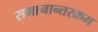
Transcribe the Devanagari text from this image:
समानान्तरक्रम